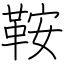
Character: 鞍